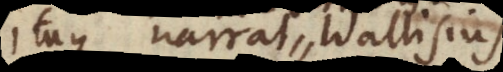
taque narrat Wallisius,